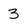
Character: 3